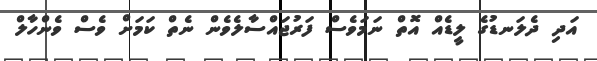
އަދި ދެލަނޑުގެ ލީޑެއް އޮތް ނަމަވެސް ފަރުޖައްސާލެވެން ނެތް ކަމަށް ވެސް ވެންހާލް